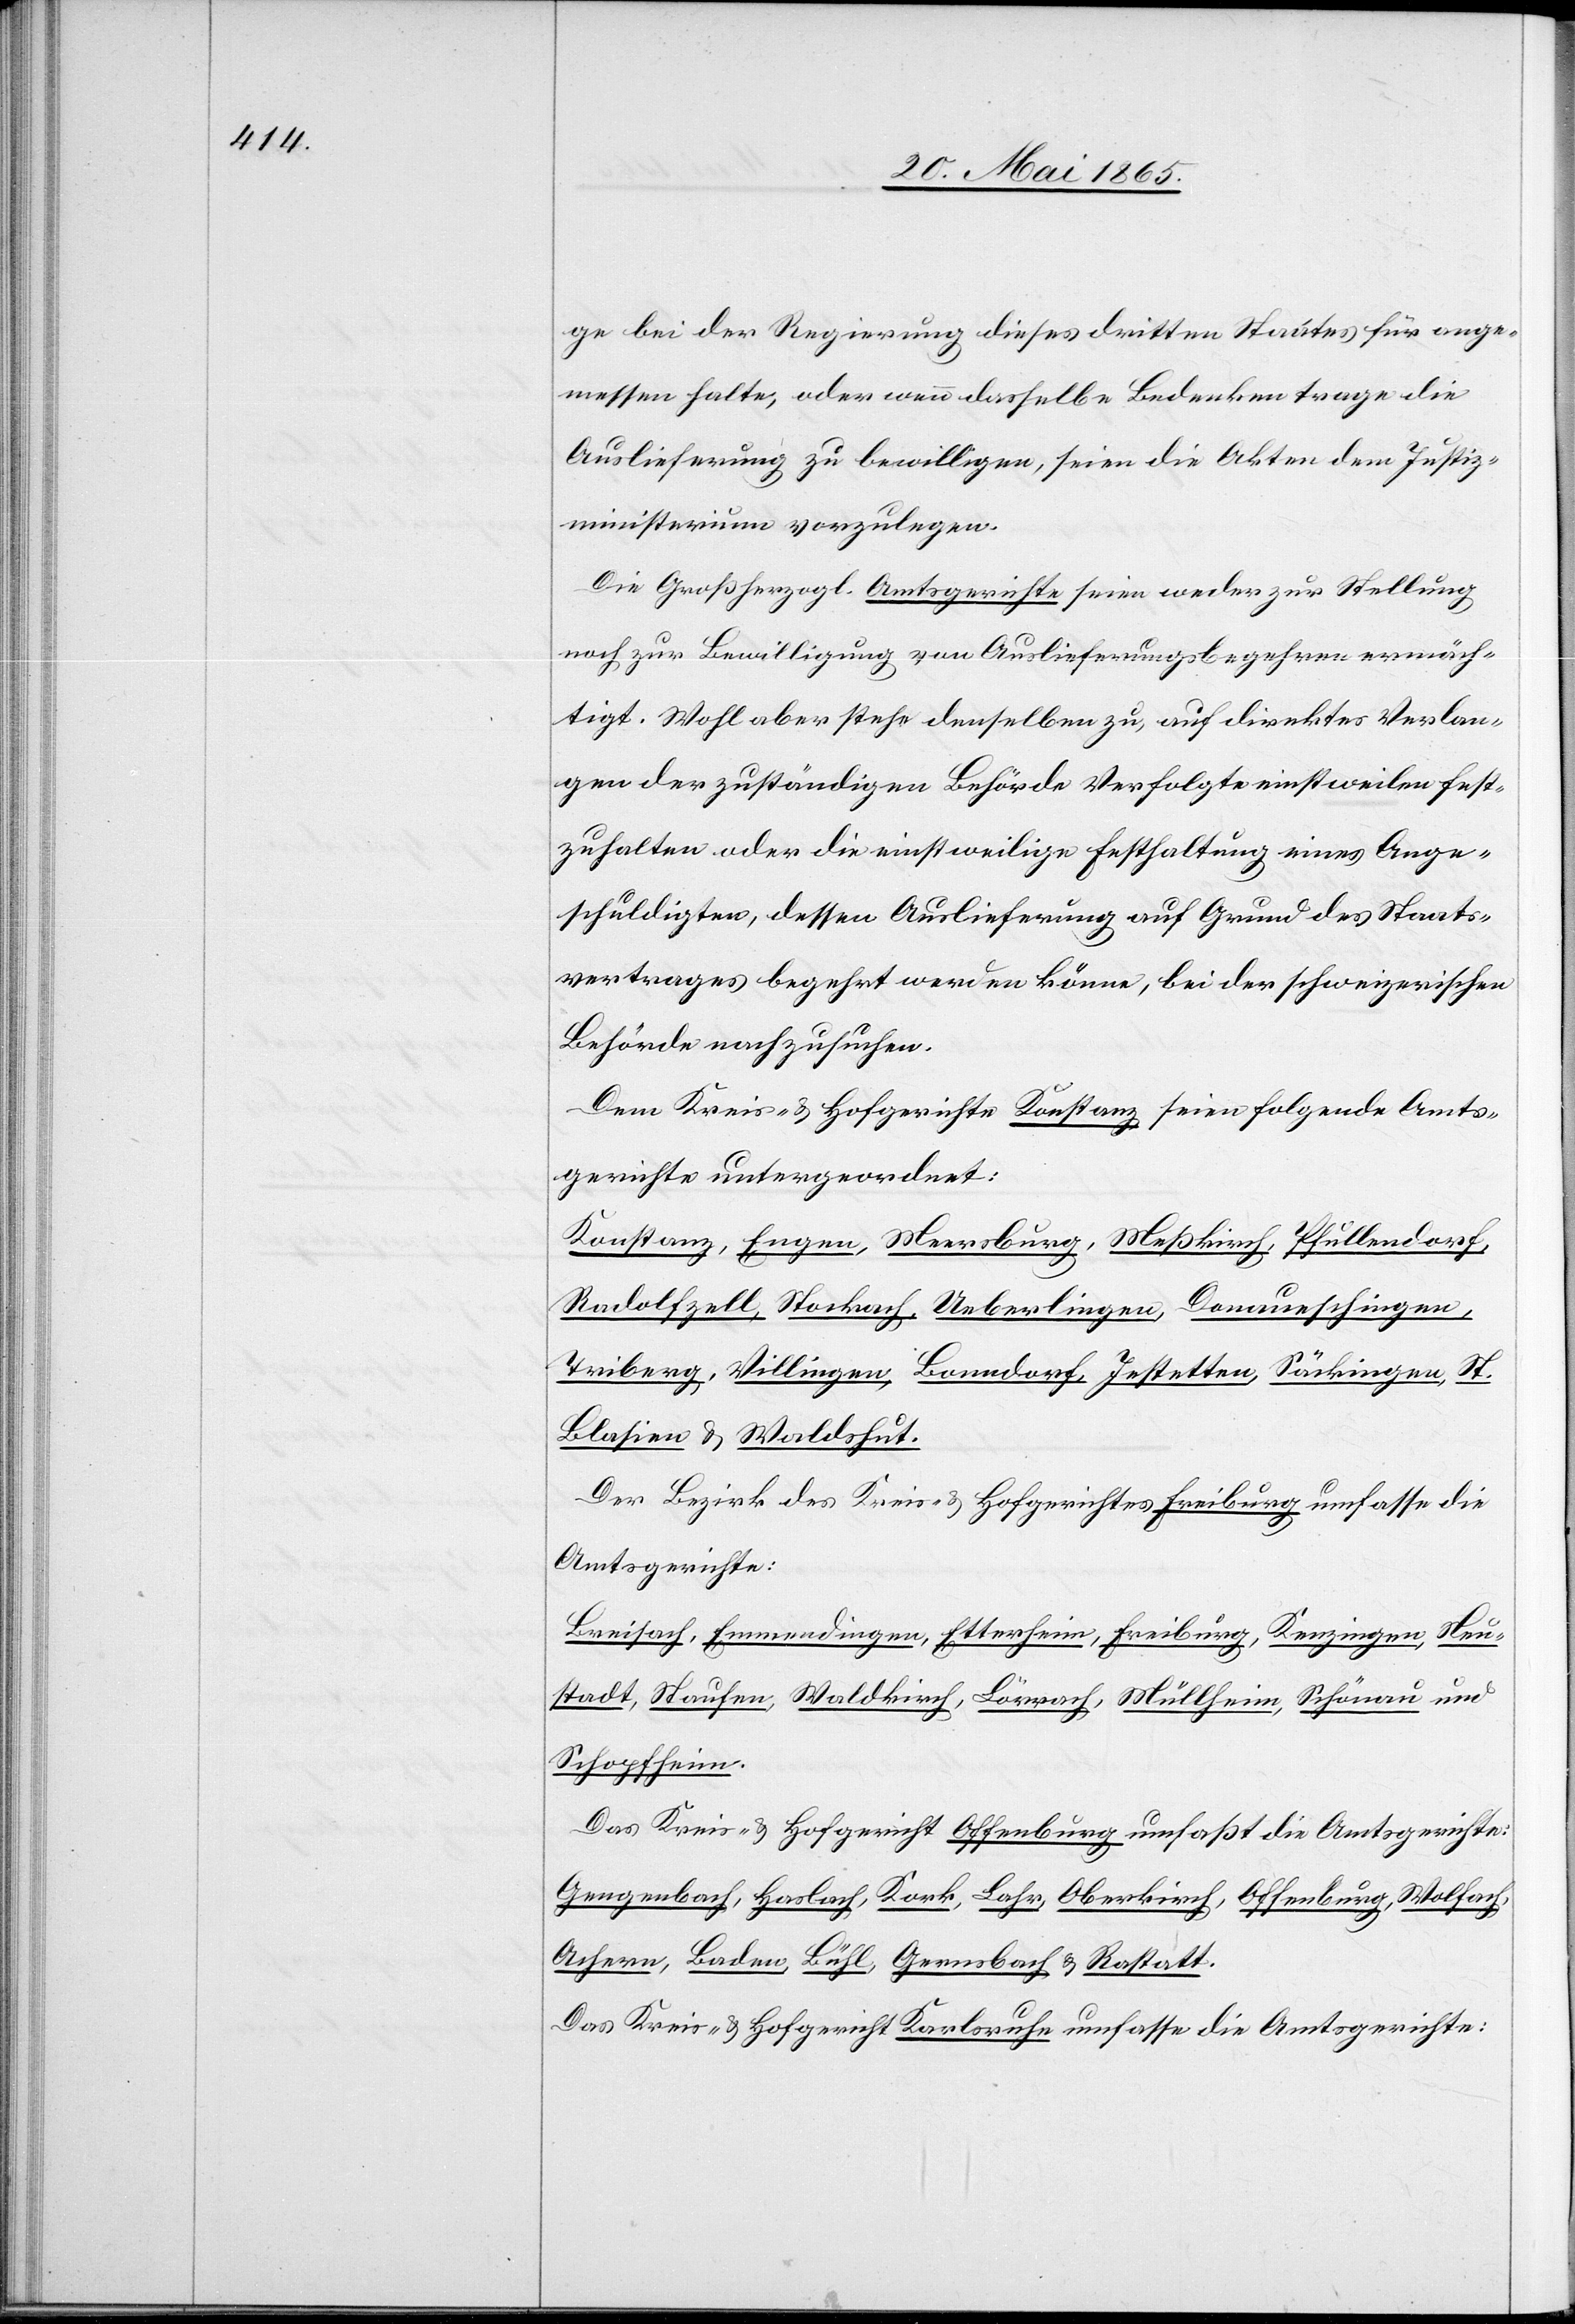
ge bei der Regierung dieses dritten Staates für ange¬
messen halte, oder wenn dasselbe Bedenken trage die
Auslieferung zu bewilligen, seien die Akten dem Justiz¬
ministerium vorzulegen.
Die Großherzogl. Amtsgerichte seien weder zur Stellung
noch zur Bewilligung von Auslieferungsbegehren ermäch¬
tigt. Wohl aber stehe denselben zu, auf direktes Verlan¬
gen der zuständigen Behörde Verfolgte einstweilen fest¬
zuhalten oder die einstweilige Festhaltung eines Ange¬
schuldigten, dessen Auslieferung auf Grund des Staats¬
vertrages begehrt werden könne, bei der schweizerischen
Behörde nachzusuchen.
Dem Kreis- & Hofgerichte Konstanz seien folgende Amts¬
gerichte untergeordnet:
Konstanz, Engen, Meersburg, Meßkirch, Pfullendorf,
Radolfzell, Stockach, Ueberlingen, Donaueschingen,
Triberg, Villingen, Bonndorf, Jestetten, Säckingen, St.
Blasien & Waldshut.
Der Bezirk des Kreis- & Hofgerichtes Freiburg umfasse die
Amtsgerichte:
Breisach, Emmendingen, Etterheim, Freiburg, Kenzingen, Neu¬
stadt, Staufen, Waldkirch, Lörrach, Müllheim, Schönau und
Schopfheim.
Das Kreis- & Hofgericht Offenburg umfaßt die Amtsgerichte:
Gengenbach, Haslach, Kork, Lahr, Oberkirch, Offenburg, Wolfach,
Achern, Baden, Bühl, Gernsbach & Rastatt.
Das Kreis- & Hofgericht Karlsruhe umfasse die Amtsgerichte: